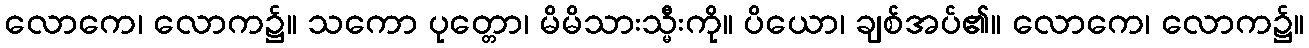
လောကေ၊ လောက၌။ သကော ပုတ္တော၊ မိမိသားသ္မီးကို။ ပိယော၊ ချစ်အပ်၏။ လောကေ၊ လောက၌။